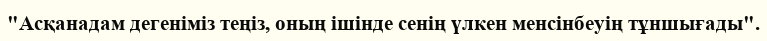
"Асқанадам дегеніміз теңіз, оның ішінде сенің үлкен менсінбеуің тұншығады".